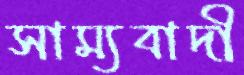
সাম্যবাদী